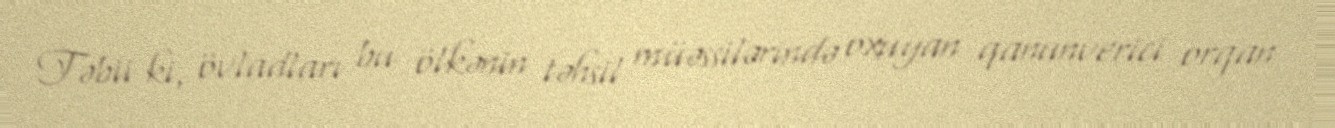
Təbii ki, övladları bu ölkənin təhsil müəssilərində oxuyan qanunverici orqan